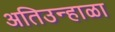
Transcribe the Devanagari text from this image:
अतिउन्हाळा